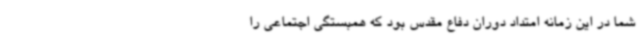
شما در این زمانه امتداد دوران دفاع مقدس بود که همبستگی اجتماعی را